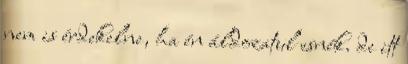
nem is érdekelne, ha én áldozatul esnék. de itt